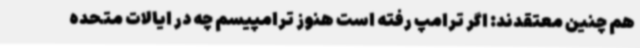
هم چنین معتقدند: اگر ترامپ رفته است هنوز ترامپیسم چه در ایالات متحده